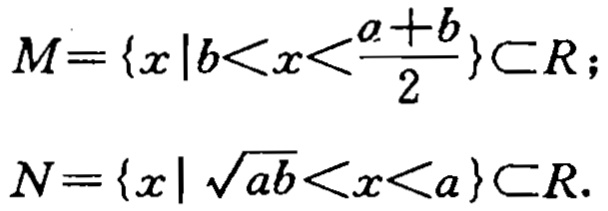
\[

M = \{x\mid b < x < \frac{a + b}{2}\}\subset \mathbb{R};

\]

\[

N = \{x\mid \sqrt{ab} < x < a\}\subset \mathbb{R}.

\]